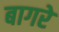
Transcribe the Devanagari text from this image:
बागरे